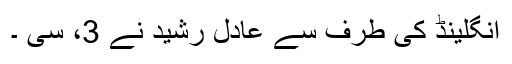
انگلینڈ کی طرف سے عادل رشید نے 3، سی ۔